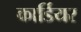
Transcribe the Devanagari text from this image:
कार्डियर